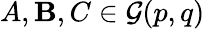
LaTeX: A,\mathbf{B},C\in{\mathcal{{G}}}(p,q)